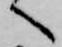
へ